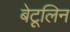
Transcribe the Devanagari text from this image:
बेटूलिन